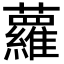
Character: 蘿